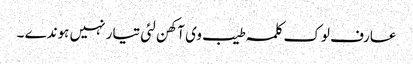
عارف لوک کلمہ طیب وی آکھن لئی تیار نہیں ہوندے ۔